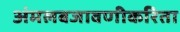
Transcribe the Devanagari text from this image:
अंमलबजावणीकरिता